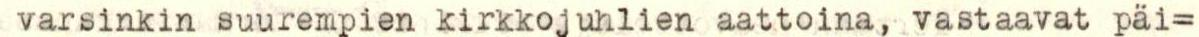
varsinkin suurempien kirkkojuhlien aattoina, vastaavat päi=